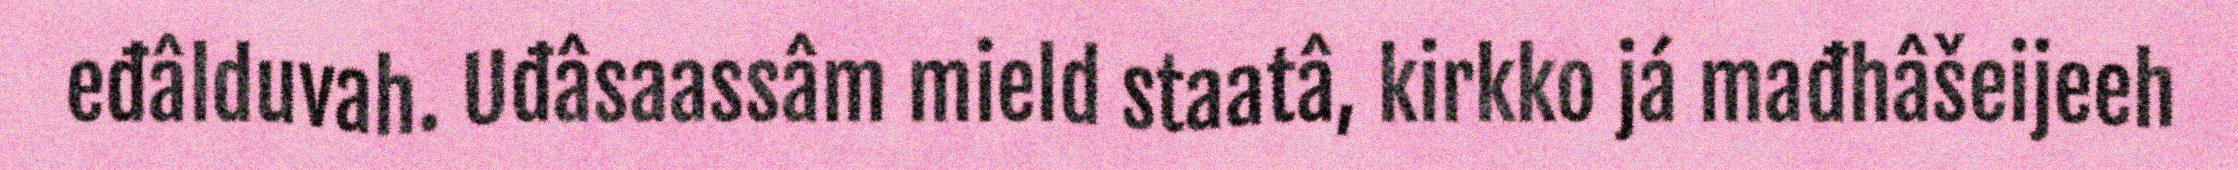
eđâlduvah. Uđâsaassâm mield staatâ, kirkko já mađhâšeijeeh